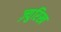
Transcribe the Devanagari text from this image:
ज़्युरिख